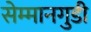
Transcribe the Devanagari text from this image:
सेम्मानगुडी